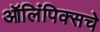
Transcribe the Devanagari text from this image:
ऑलिंपिक्सचे